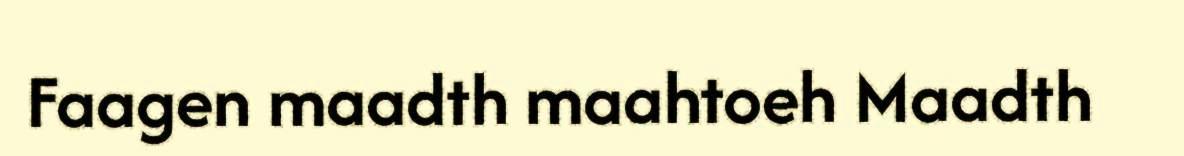
Faagen maadth maahtoeh Maadth